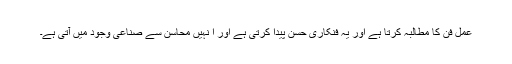
عمل فن کا مطالبہ کرتا ہے اور یہ فنکاری حُسن پیدا کرتی ہے اور ا نہیں محاسن سے صناعی وجود میں آتی ہے۔